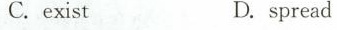
C.exist D.spread